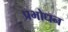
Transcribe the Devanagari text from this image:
प्रभोधन